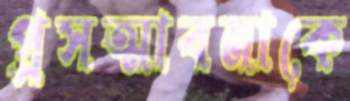
প্রসত্মাবনাকে